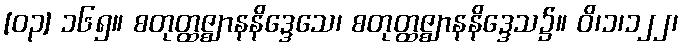
[၀၃] ၁၆၅။ စတုတ္ထဇ္ဈာနနိဒ္ဒေသေ၊ စတုတ္ထဇ္ဈာနနိဒ္ဒေသ၌။ ဝိ၊၁၊၁၂၂၊